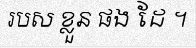
របស ខ្លួន ផង ដែ ។